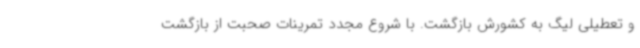
و تعطیلی لیگ به کشورش بازگشت. با شروع مجدد تمرینات صحبت از بازگشت